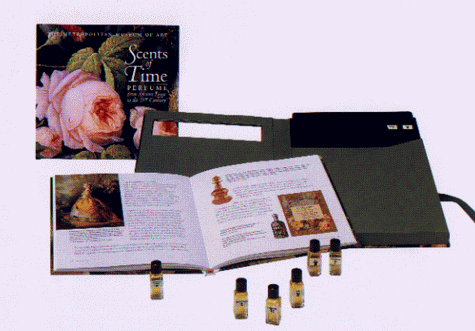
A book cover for The Scents of Time: Perfume from Ancient Egypt to the 21st Century; Metropolitan Museum of Art; Health, Fitness & Dieting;